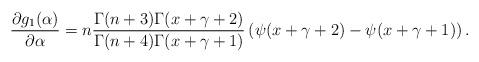
LaTeX: \begin{align*} \frac{\partial g_1(\alpha)}{\partial \alpha} = n\frac{\Gamma(n+3) \Gamma(x+\gamma + 2)}{\Gamma(n+4) \Gamma(x+\gamma + 1)}\left(\psi(x+\gamma+2) - \psi(x+\gamma+1) \right). \end{align*}